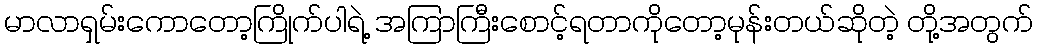
မာလာရှမ်းကောတော့ကြိုက်ပါရဲ့ အကြာကြီးစောင့်ရတာကိုတော့မုန်းတယ်ဆိုတဲ့ တို့အတွက်